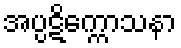
အပ္ပဋိက္ကောသနာ